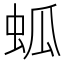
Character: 蛌